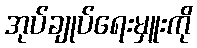
အုပ်ချုပ်ရေးမှူးကို